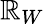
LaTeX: \mathbb{R}_{W}